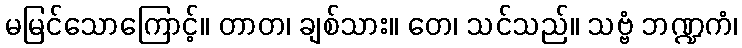
မမြင်သောကြောင့်။ တာတ၊ ချစ်သား။ တေ၊ သင်သည်။ သဗ္ဗံ ဘဏ္ဍကံ၊